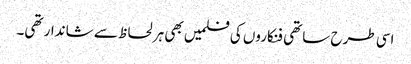
اسی طرح ساتھی فنکاروں کی فلمیں بھی ہر لحاظ سے شاندار تھی۔